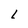
Character: l